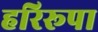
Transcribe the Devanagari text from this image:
हरिरूपा